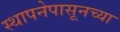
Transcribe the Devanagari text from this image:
स्थापनेपासूनच्या